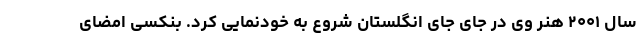
سال ۲۰۰۱ هنر وی در جای جای انگلستان شروع به خودنمایی کرد. بنکسی امضای